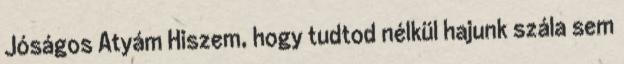
Jóságos Atyám Hiszem, hogy tudtod nélkül hajunk szála sem